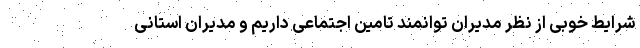
شرایط خوبی از نظر مدیران توانمند تامین اجتماعی داریم و مدیران استانی